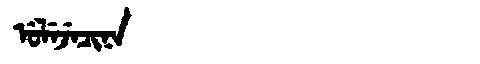
Manchu: ᡠᠯᡝᠵᡝᠴᡳᠨᠠ
Romanization: ULEJECINA